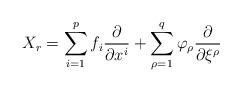
LaTeX: \begin{align*}X_r = \sum_{i=1}^p f_i \frac {\partial} {\partial x^i} + \sum_{\rho = 1}^q \varphi_\rho \frac {\partial} {\partial \xi^\rho}\end{align*}